Report on vaccination in the Province of Bengal - 1874-1889
Year: 1874
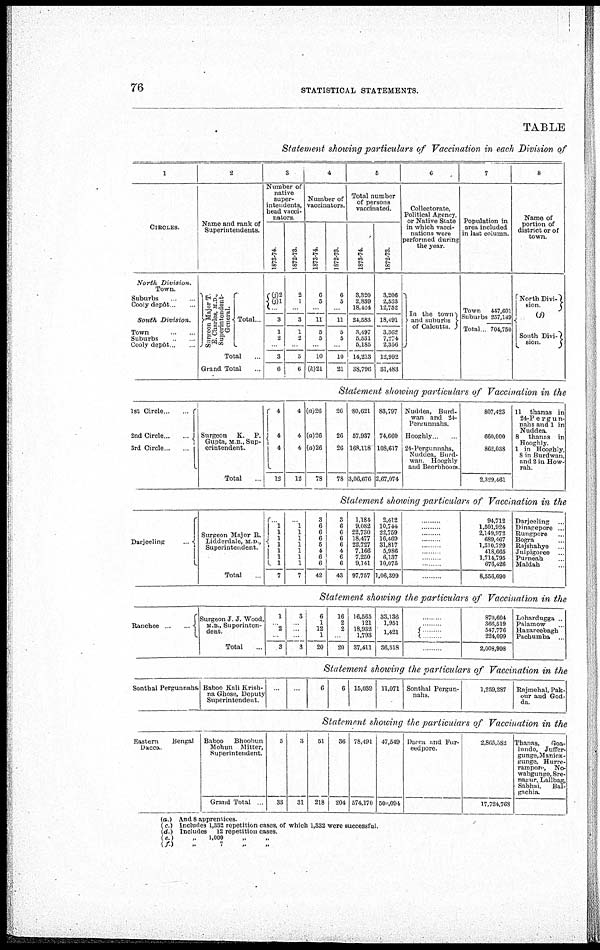
76
STATISTICAL STATEMENTS.
TABLE
Statement showing particulars of Vaccination in each Division of
1
CIRCLES.
North
Division.
Town.
Suburbs ...
Cooly depôt ...
South
Division.
Town ...
Suburbs ... ...
Cooly depôt ... ...
2
Name and rank of
Superintendents.
Surgeon Major T.
E. Charles, M.D.,
Superintendent.
General.
Total..
Total ...
Grand Total ...
3
Number of
native
super-
intendents,
head vacci-
nators.
1873-74.
(j)2
(j)1
...
3
1
2
...
3
6
1872-73.
2
1
...
3
1
2
...
3
6
4
Number of
vaccinators.
1873-74.
6
5
...
11
5
5
...
10
(h)21
1872-73.
6
5
...
11
5
5
...
10
21
5
Total number
of persons
vaccinated.
1873-74.
3,320
2,839
18,424
24,583
3,497
5,531 5,185
14,213
38,796
1872-73.
3,206
2,533
12,752
18,491
3,362
7,274
2,356
12,992
31,483
6
Collectorate,
Political Agency,
or Native State
in which vacci-
nations were
performed during
the year.
In the town
and suburbs
of Calcutta
7
Population in
area included
in last column.
Town
Suburbs
Total
447,601
257,149
704,750
8
Name of
portion of
district or of
town.
North Divi-
sion.
(j)
South Divi-
sion.
Statement shouwing particulars of Vaccination in the
1st Circle
...
...
2nd Circle ... ...
3rd Circle
...
Surgeon K. P.
Gupta, M B., Sup-
erintendent.
Total ...
4
4
4
12
4
4
4
12
(a)26
(a)26
(a)26
78
26
26
26
78
80,621
57,937
168,118
3,06,676
83,797
74,660
108,617
2,67,074
Nuddea, Burd-
wan and 24-
Pergunnahs.
Hooghly
24-Pergnnnahs,
Nuddea, Burd-
wan Hooghly
and Beerbhoom.
807,423
660,000
862,038
2,329,461
11 thanas in
24-Pergun-
nahs and 1 in
Nuddea.
8 thanas in
Hooghly.
1 in Hooghly,
8 in Burdwan,
and 2 in How-
rah
Statement showing particulars of Vaccination in the
Darjeeling
...
Surgeon Major R.
Lidderdale, M.D ,
Superintendent.
Total ...
1
1
1
1 1
1 1
7
1
1
1
1
1
1
1
7
3
6
6
6
5
4
6
6
42
3
6
6
6
6
4
6
6
43
1,184
9,082
22,730
18,477
22,727
7,166
7,250
9,141
97,757
2,412
10,744
22,759 16,469 31,817 5,986
6,137
10,075
1,06,399
...
...
...
...
...
...
...
...
...
94,712
1,501,924
2,149,972
689,467
1,810,729
418,665
1,714,795
676,426
8,556,690
Darjeeling ...
Dinagepore ...
Rungpore ...
Bogra ...
Rajshahye ...
Julpigoree ..
Purneah ..
Maldah ...
Statement showing the particulars of Vaccination in the
Ranchee
...
Surgeon J J.Wood,
M.B., Superinten-
dent.
Total ...
1
...
2
...
3
3
...
...
...
3
6
1
12
1
20
16
2
2
...
20
16,565
121
18,932
1,793
37,411
33,136
1,951
1,421
36,518
...
...
...
...
870,604
366,519
547,776
224,099
2,008,998
Lohardugga
Palamow
Hazareebagh
Pachumba ...
Statement showing the particulars of Vaccination in the
Sonthal Pergunnahs. Baboo Kali Krish-
na Ghose, Deputy
Superintendent.
...
... 6
6 15,039 11,071 Sonthal Pergun-
nahs.
1,259,287 Rajmehal, Pak-
our and God-
da.
Statement showing the particulars of Vaccination in the
Eastern
Dacca
Bengal Baboo
Bhoobun
Mohun Mitter,
Superintendent.
Grand Total
5
33
3
31
51
218
36
204
78,491
574,170
47,549
500,094
Dacca and Pur-
eed pore.
2,865,582
17,724,768
Thanas, Goa-
lundo, Juffer-
gunge,Manick-
gunge, Hum-
rampore, No-
wabgunge, Sre-
nacur, Lallbag,
Sabhai, Bal-
gachia.
(a.) And 8 apprentices.
(c.) Includes 1,332 repetition cases, of which 1,332 were successful.
(d.) Includes 12 repetition cases.
(e.)
„
1,000 „ „
(f.)
„
7 „ „